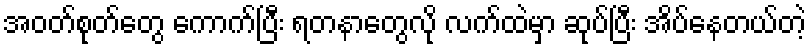
အဝတ်စုတ်တွေ ကောက်ပြီး ရတနာတွေလို လက်ထဲမှာ ဆုပ်ပြီး အိပ်နေတယ်တဲ့